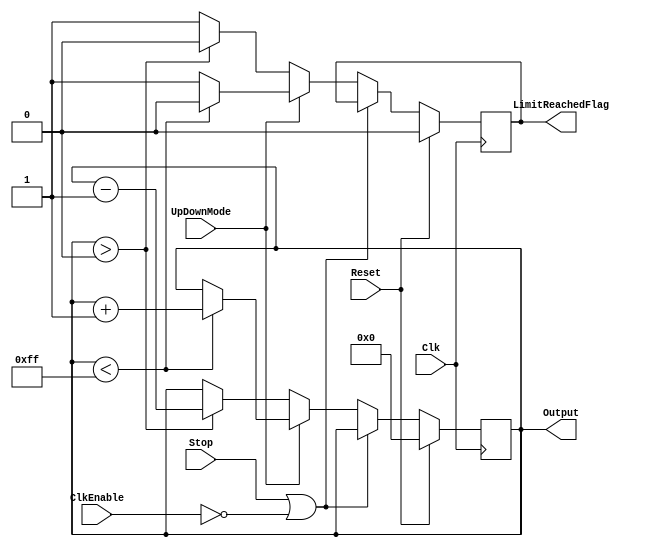
`timescale 1ns / 1ps
`ifndef LIB_STYCZYNSKI_UP_DOWN_COUNTER_V
`define LIB_STYCZYNSKI_UP_DOWN_COUNTER_V


/*
 * Piotr Styczyski @styczynski
 * Verilog Components Library
 *
 * Adjustable up/down counter
 * 
 *
 * MIT License
 */
module UpDownCounter
#(
    parameter INPUT_BIT_WIDTH = 8,
    parameter MAX_VALUE = 2**INPUT_BIT_WIDTH-1,
    parameter MIN_VALUE = 0
)
(
    input Clk,
	input ClkEnable,
    input Reset,
    input UpDownMode,
	input Stop,
    output reg [INPUT_BIT_WIDTH-1:0] Output,
    output reg LimitReachedFlag
);

    initial Output = MIN_VALUE;

    always @(posedge Clk)
    begin
	     if(Reset)
            begin
                Output <= MIN_VALUE;
                LimitReachedFlag <= 0;
            end
        else if(Stop || !ClkEnable)
		     begin
			      // Do nothing
			  end
	     else if(UpDownMode)
            begin
                if(Output < MAX_VALUE)
                    begin
                        LimitReachedFlag <= 0;
                        Output <= Output + 1;
                    end
                else
                    begin
                        LimitReachedFlag <= 1;
                    end
            end
        else if(Output > MIN_VALUE)
            begin
                LimitReachedFlag <= 0;
                Output <= Output - 1;
            end
        else
            begin
                LimitReachedFlag <= 1;
            end
    end

endmodule

`endif